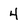
Character: 4